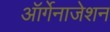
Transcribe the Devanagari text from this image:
ऑर्गेनाजेशन